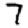
Digit: 7